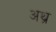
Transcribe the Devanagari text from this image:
अथ्र